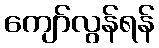
ကျော်လွန်ရန်